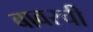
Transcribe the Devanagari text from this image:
बावरची